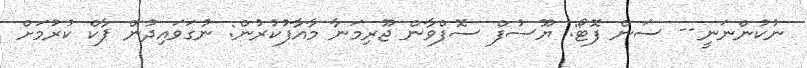
ނުކުންނަނީ-- ސަން ފޮޓޯ: ޔޫސުފް ސޮފްވާން ޖޫރިމަނާ މާއާފުކުރުން: ނުގަވައިދުން ޕާކް ކުރުމަށް